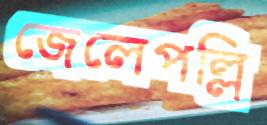
জেলেপল্লি